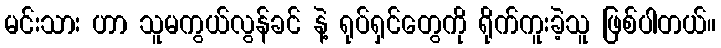
မင်းသား ဟာ သူမကွယ်လွန်ခင် နဲ့ ရုပ်ရှင်တွေကို ရိုက်ကူးခဲ့သူ ဖြစ်ပါတယ်။